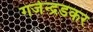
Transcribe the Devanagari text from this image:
गजेन्द्रडकर